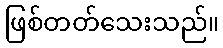
ဖြစ်တတ်သေးသည်။